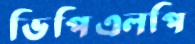
ভিপিএলপি